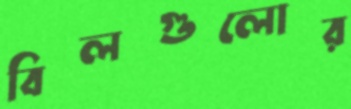
বিলগুলোর